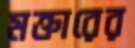
মক্তারের